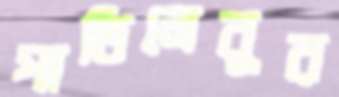
পাতিলেবুর